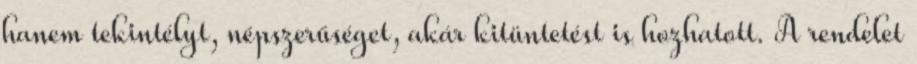
hanem tekintélyt, népszerűséget, akár kitüntetést is hozhatott. A rendelet